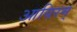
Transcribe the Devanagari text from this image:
आयिरम्